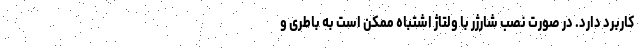
کاربرد دارد. در صورت نصب شارژر با ولتاژ اشتباه ممکن است به باطری و